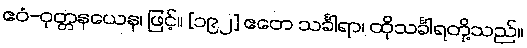
ဧဝံ-ဝုတ္တနယေန၊ ဖြင့်။ [၁၉၂] ဧတေ သင်္ခါရာ၊ ထိုသင်္ခါရတို့သည်။